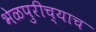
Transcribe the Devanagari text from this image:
भेळपुरीच्याच